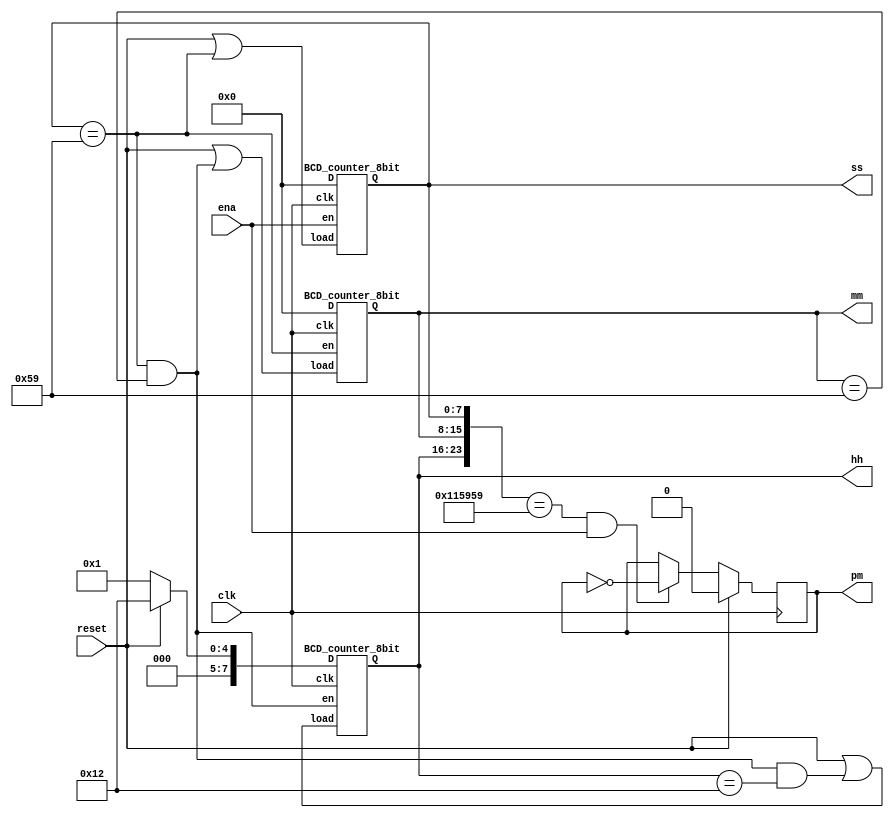
//  Quartus synthesis:
//  Info (21057): Implemented 70 device resources after synthesis - the final resource count might be different
//  Info (21058): Implemented 3 input pins
//  Info (21059): Implemented 25 output pins
//  Info (21061): Implemented 42 logic cells

module top_module (
    input clk,
    input reset,
    input ena,
    output reg pm,
    output [7:0] hh,
    output [7:0] mm,
    output [7:0] ss
);

    wire [ 2:0] en_c;
    wire [ 2:0] load_c;
    wire [23:0] D_c;

    BCD_counter_8bit u_bcd_cnt[2:0] (
        clk,
        en_c[2:0],
        load_c[2:0],
        D_c[23:0],
        {hh, mm, ss}
    );

    assign en_c[0] = ena;
    assign en_c[1] = ss[7:0] == 8'h59;
    assign en_c[2] = en_c[1] & (mm[7:0] == 8'h59);

    assign load_c[0] = reset | en_c[1];
    assign load_c[1] = reset | en_c[2];
    assign load_c[2] = reset | (en_c[2] & hh == 8'h12);

    assign D_c[15:0] = 16'h0000;
    assign D_c[23:16] = reset ? 8'h12 : 8'h01;

    always @(posedge clk) begin
        if (reset == 1'b1) begin
            pm <= 1'b0;
        end else begin
            if (({hh, mm, ss} == 24'h115959) && (ena == 1'b1)) begin
                pm <= ~pm;
            end else begin
                pm <= pm;
            end
        end
    end

endmodule


module BCD_counter_8bit (
    input clk,
    input en,
    input load,
    input [7:0] D,
    output reg [7:0] Q
);

    always @(posedge clk) begin
        if (load == 1'b1) begin
            Q <= D;
        end else begin
            if (en == 1'b1) begin
                if (Q[3:0] == 4'h9) begin
                    Q[3:0] <= 4'h0;
                    Q[7:4] <= Q[7:4] + 4'h1;
                end else begin
                    Q[3:0] <= Q[3:0] + 4'h1;
                    Q[7:4] <= Q[7:4];
                end
            end else begin
                Q <= Q;
            end
        end
    end

endmodule  //8bit_BCD_counter